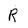
Character: R